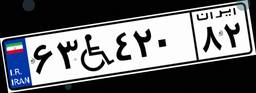
۶۳W۴۲۰۸۲